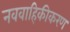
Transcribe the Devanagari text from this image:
नववाहिकीकरण